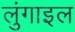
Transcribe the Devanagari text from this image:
लुंगाइल